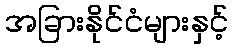
အခြားနိုင်ငံများနှင့်